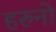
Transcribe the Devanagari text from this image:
हरुनो